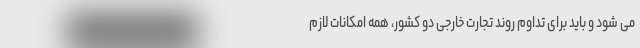
می شود و باید برای تداوم روند تجارت خارجی دو کشور، همه امکانات لازم